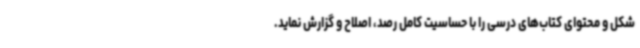
شکل و محتوای کتاب‌های درسی را با حساسیت کامل رصد، اصلاح و گزارش نماید.